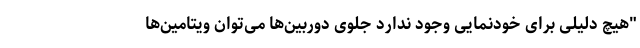
"هیچ دلیلی برای خودنمایی وجود ندارد جلوی دوربین‌ها می‌توان ویتامین‌ها